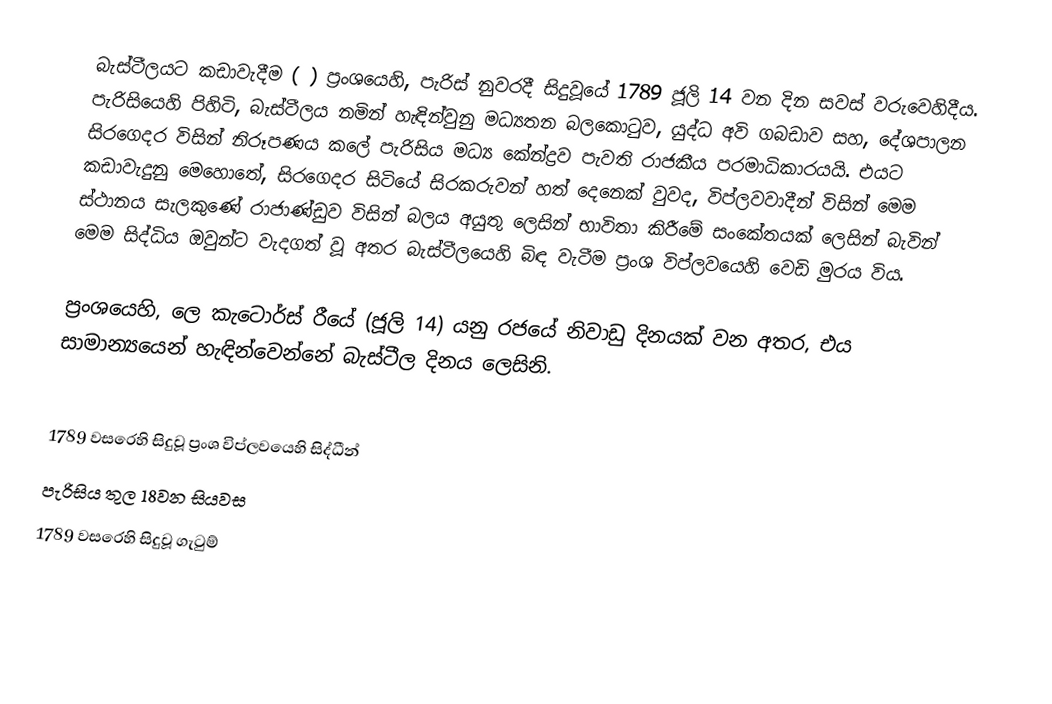
බැස්ටීලයට කඩාවැදීම ( ) ප්‍රංශයෙහි, පැරිස් නුවරදී සිදුවූයේ 1789 ජූලි 14 වන දින සවස් වරුවෙහිදීය. පැරිසියෙහි පිහිටි,  බැස්ටීලය නමින් හැඳින්වුනු මධ්‍යතන බලකොටුව, යුද්ධ අවි ගබඩාව සහ, දේශපාලන සිරගෙදර  විසින් නිරූපණය කලේ පැරිසිය මධ්‍ය කේන්ද්‍රව පැවති රාජකීය  පරමාධිකාරයයි. එයට කඩාවැදුනු මෙහොතේ, සිරගෙදර සිටියේ සිරකරුවන් හත් දෙනෙක් වුවද, විප්ලවවාදීන් විසින් මෙම ස්ථානය සැලකුණේ රාජාණ්ඩුව විසින් බලය අයුතු ලෙසින් භාවිතා කිරීමේ සංකේතයක් ලෙසින් බැවින් මෙම සිද්ධිය ඔවුන්ට වැදගත් වූ අතර බැස්ටීලයෙහි බිඳ වැටීම ප්‍රංශ විප්ලවයෙහි වෙඩි මුරය විය.

ප්‍රංශයෙහි, ලෙ කැටොර්ස් රීයේ (ජූලි 14) යනු රජයේ නිවාඩු දිනයක් වන අතර, එය සාමාන්‍යයෙන් හැඳින්වෙන්නේ බැස්ටීල දිනය ලෙසිනි.

1789 වසරෙහි සිදුවූ ප්‍රංශ විප්ලවයෙහි සිද්ධීන්
පැරිසිය තුල 18වන සියවස
 1789 වසරෙහි සිදුවූ ගැටුම්